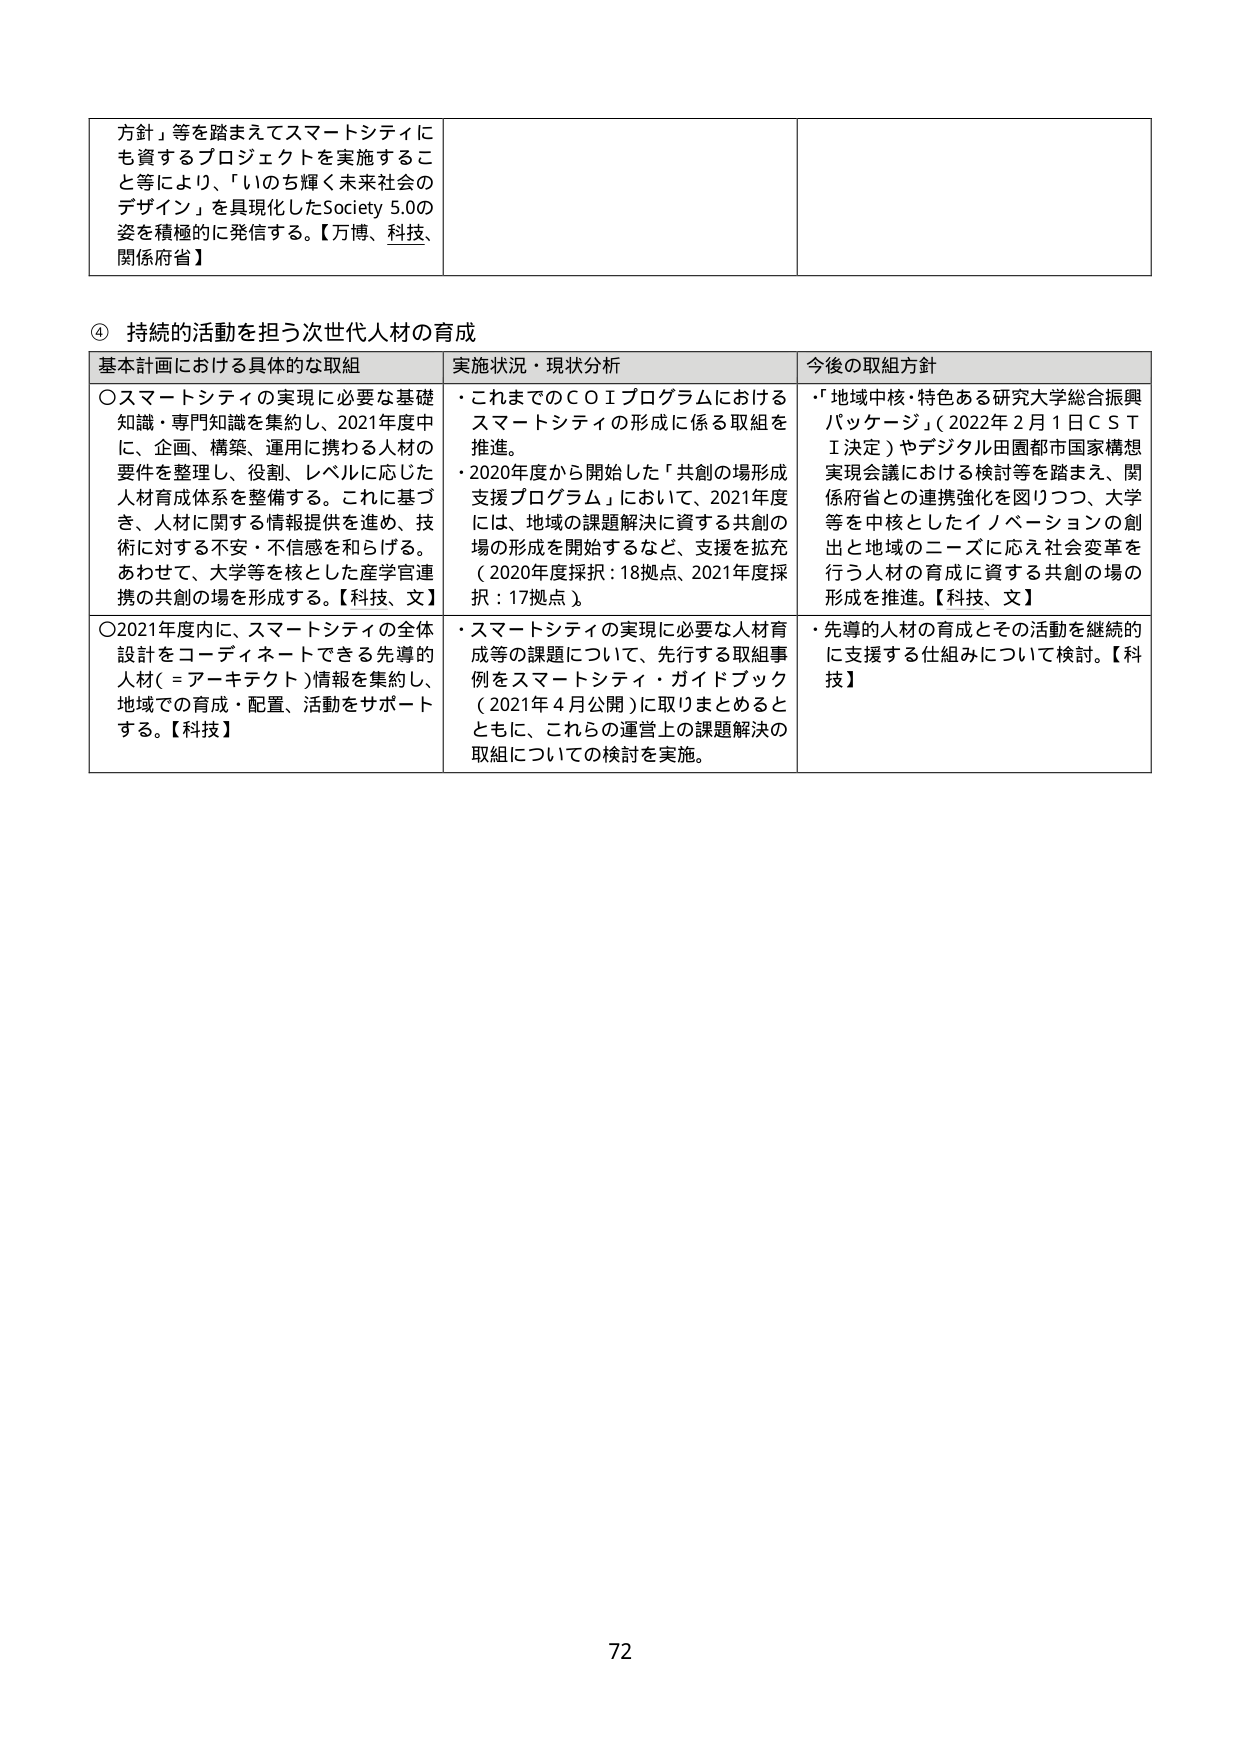
方針」等を踏まえてスマートシティに
も資するプロジェクトを実施すること等により、「いのち輝く未来社会の
デザイン」を具現化したSociety 5.0の
姿を積極的に発信する。【万博、科技、
関係府省】

④ 持続的活動を担う次世代人材の育成

基本計画における具体的な取組
〇スマートシティの実現に必要な基礎
知識・専門知識を集約し、2021年度中
に、企画、構築、運用に携わる人材の
要件を整理し、役割、レベルに応じた
人材育成体系を整備する。これに基づ
き、人材に関する情報提供を進め、技
術に対する不安・不信感を和らげる。
あわせて、大学等を核とした産学官連
携の共創の場を形成する。【科技、文】
〇2021年度内に、スマートシティの全体
設計をコーディネートできる先導的
人材（＝アーキテクト）情報を集約し、
地域での育成・配置、活動をサポート
する。【科技】

実施状況・現状分析
・これまでのＣＯＩプログラムにおける
スマートシティの形成に係る取組を
推進。
・2020年度から開始した「共創の場形成
支援プログラム」において、2021年度
には、地域の課題解決に資する共創の
場の形成を開始するなど、支援を拡充
（2020年度採択：18拠点、2021年度採
択：17拠点）。
・スマートシティの実現に必要な人材育
成等の課題について、先行する取組事
例をスマートシティ・ガイドブック
（2021年4月公開）に取りまとめると
ともに、これらの運営上の課題解決の
取組についての検討を実施。

今後の取組方針
・「地域中核・特色ある研究大学総合振興
パッケージ」（2022年2月1日ＣＳＴ
Ｉ決定）やデジタル田園都市国家構想
実現会議における検討等を踏まえ、関
係府省との連携強化を図りつつ、大学
等を中核としたイノベーションの創
出と地域のニーズに応え社会変革を
行う人材の育成に資する共創の場の
形成を推進。【科技、文】
・先導的人材の育成とその活動を継続的
に支援する仕組みについて検討。【科
技】

72